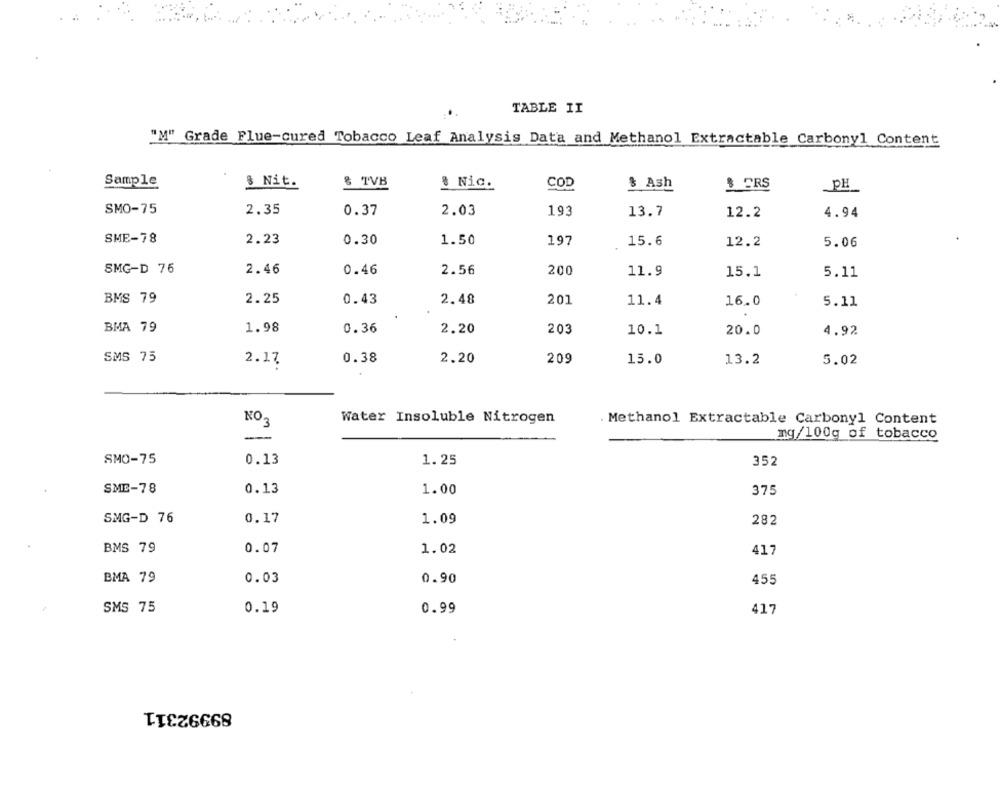
TABLE II
"M" Grade Flue-cured Tobacco Leaf Analysis Data and Methanol Extractable Carbonyl Content
Sample
& Nit.
& TVB
COD
& Nic.
$ Ash
$ FRS
PH
SMO-75
2.35
0.37
2.03
193
13.7
12.2
4.94
SME-78
2.23
0.30
1.50
197
15.6
12.2
5.06
SMG-D 76
2.46
0.46
2.56
200
11.9
15.1
5.11
BMS 79
2.25
0.43
2.48
201
11.4
16.0
5.11
BMA 79
1.98
0.36
2.20
203
10.1
20.0
4.92
SMS 75
2.17
0.38
2.20
209
15.0
13.2
5.02
NO
Water Insoluble Nitrogen
3
. Methanol Extractable Carbonyl Content
mg/100g of tobacco
-
SMO-75
0.13
1.25
352
SME-78
0.13
1.00
375
SMG-D 76
0.17
1.09
282
BMS 79
0.07
1.02
417
BMA 79
0.03
0.90
455
SMS 75
0.19
0.99
417
89992311